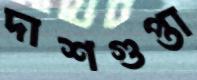
দাশগুপ্তা